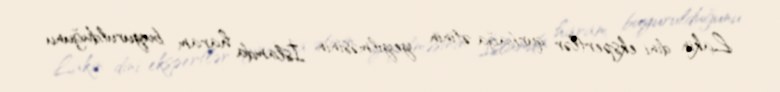
Lakin dini ekspertlər qurbağa ətinin yeyilməsinin İslamda haram buyurulduğunu